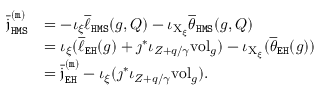
\begin{array} { r l } { \overline { { \mathfrak { j } } } _ { \mathtt { H M S } } ^ { \mathtt { ( m ) } } } & { = - \iota _ { \xi } \overline { { \ell } } _ { \mathtt { H M S } } ( g , Q ) - \iota _ { \mathrm { X } _ { \xi } } \overline { { \theta } } _ { \mathtt { H M S } } ( g , Q ) } \\ & { = \iota _ { \xi } ( \overline { { \ell } } _ { \mathtt { E H } } ( g ) + \jmath ^ { * } \iota _ { Z + q / \gamma } \mathrm { v o l } _ { g } ) - \iota _ { \mathrm { X } _ { \xi } } ( \overline { { \theta } } _ { \mathtt { E H } } ( g ) ) } \\ & { = \overline { { \mathfrak { j } } } _ { \mathtt { E H } } ^ { \mathtt { ( m ) } } - \iota _ { \xi } ( \jmath ^ { * } \iota _ { Z + q / \gamma } \mathrm { v o l } _ { g } ) . } \end{array}